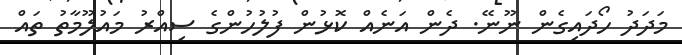
މަދަދު ހޯދައިގެން ނޫނޭ. ދެން އަނެއް ކޮޅުން ފުލުހުންގެ ސިއްރު މައުލޫމާތު ތައް